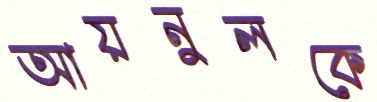
আয়নুলকে